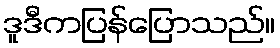
ဒူဒီကပြန်ပြောသည်။